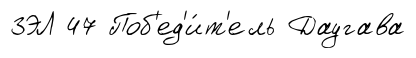
ЗЭЛ 47 Поб'ед'и́т'ель Даугава